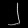
Digit: ၂